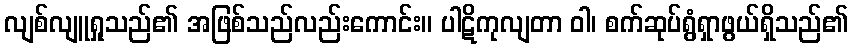
လျစ်လျူရှုသည်၏ အဖြစ်သည်လည်းကောင်း။ ပါဋိကုလျတာ ဝါ၊ စက်ဆုပ်ရွံရှာဖွယ်ရှိသည်၏